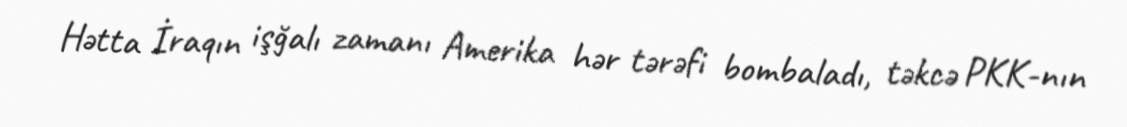
Hətta İraqın işğalı zamanı Amerika hər tərəfi bombaladı, təkcə PKK-nın